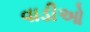
વાડીઓ